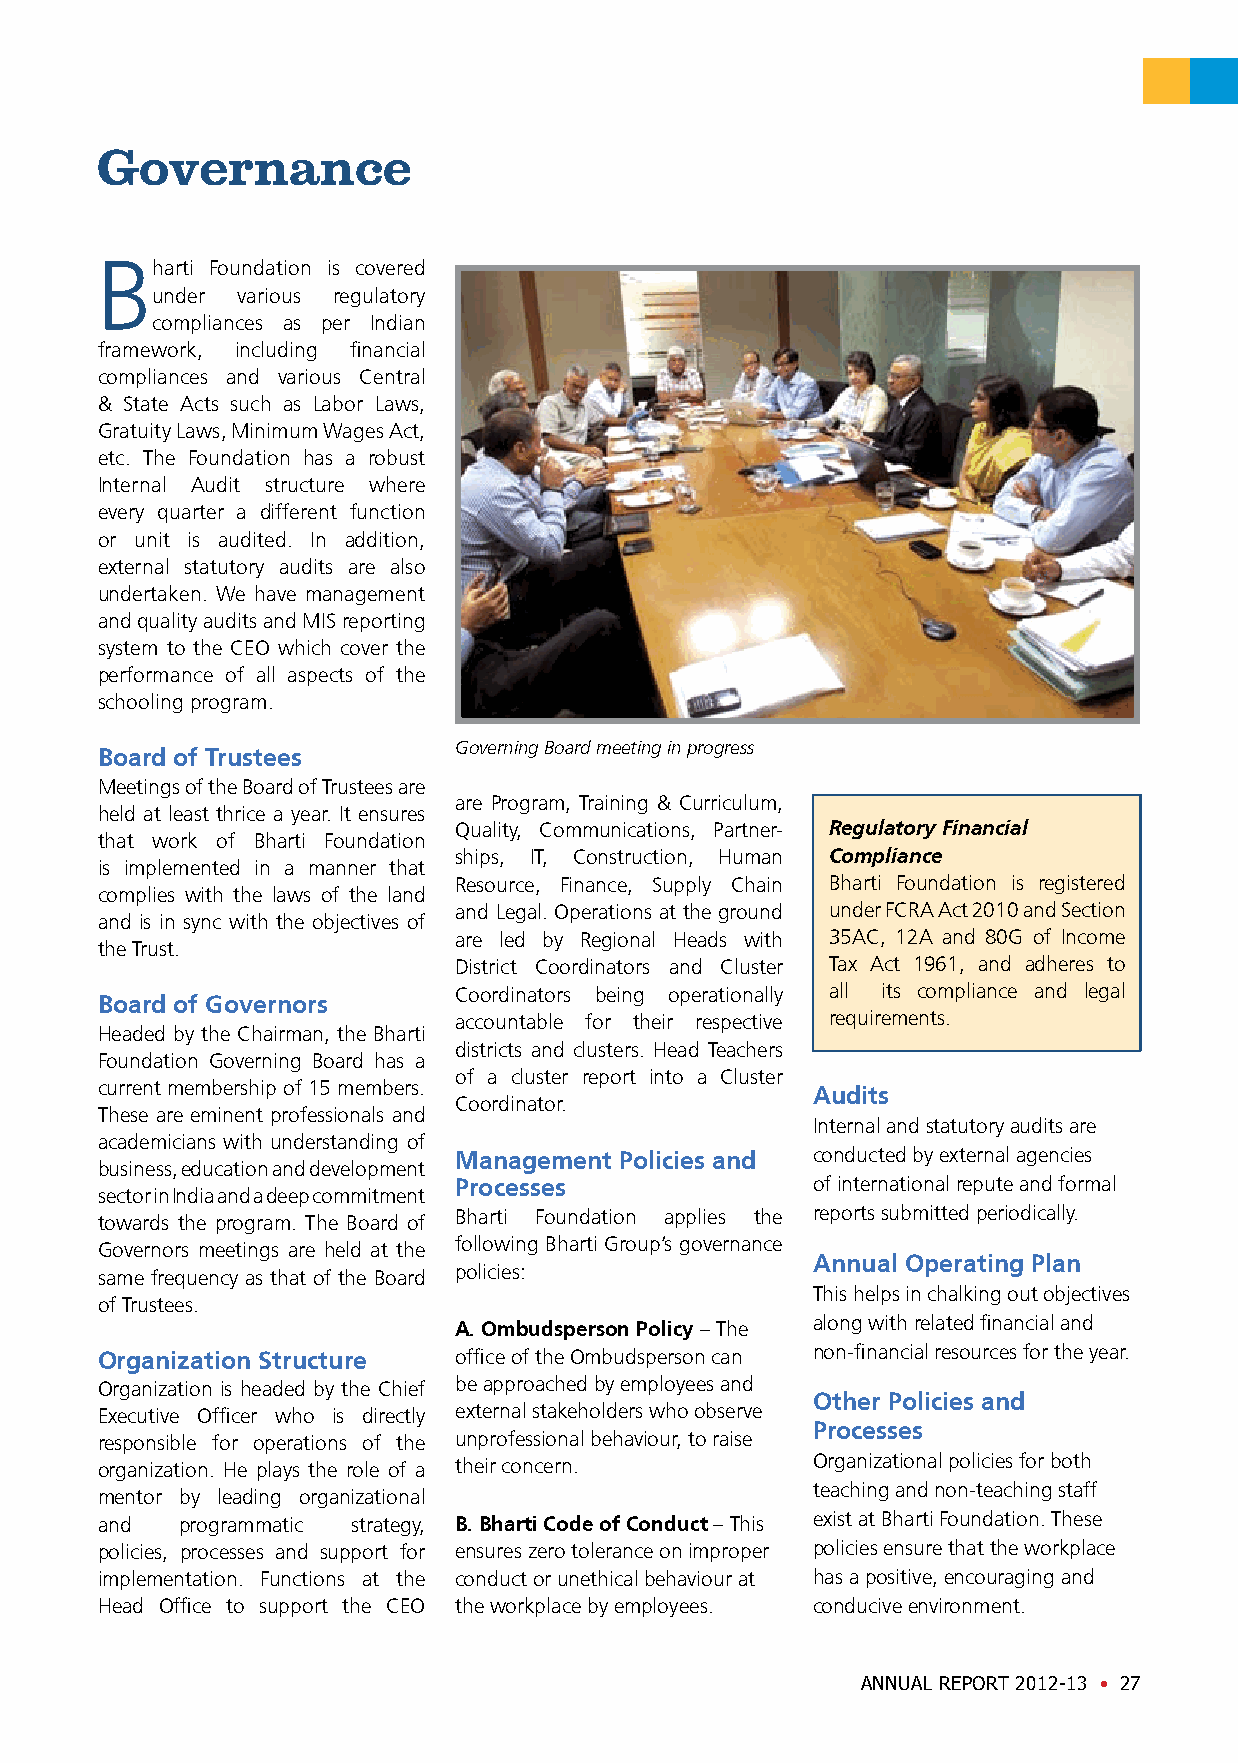
Governance
 B
 harti Foundation is covered
 under various regulatory
 compliances as per Indian
 framework, including financial
 compliances and various Central
 & State Acts such as Labor Laws,
 Gratuity Laws, Minimum Wages Act,
 etc. The Foundation has a robust
 Internal Audit structure where
 every quarter a different function
 or unit is audited. In addition,
 external statutory audits are also
 undertaken. We have management
 and quality audits and MIS reporting
 system to the CEO which cover the
 performance of all aspects of the
 schooling program.
 Governing Board meeting in progress
 Board of Trustees
 Meetings of the Board of Trustees are
 are Program, Training & Curriculum,
 held at least thrice a year. It ensures
 Quality, Communications, Partner- Regulatory Financial
 that work of Bharti Foundation
 ships, IT, Construction, Human Compliance
 is implemented in a manner that
 Resource, Finance, Supply Chain Bharti Foundation is registered
 complies with the laws of the land
 and Legal. Operations at the ground under FCRA Act 2010 and Section
 and is in sync with the objectives of
 are led by Regional Heads with 35AC, 12A and 80G of Income
 the Trust.
 District Coordinators and Cluster Tax Act 1961, and adheres to
 Coordinators being operationally all its compliance and legal
 Board of Governors
 accountable for their respective requirements.
 Headed by the Chairman, the Bharti
 districts and clusters. Head Teachers
 Foundation Governing Board has a
 of a cluster report into a Cluster
 current membership of 15 members.
 Audits
 Coordinator.
 These are eminent professionals and
 Internal and statutory audits are
 academicians with understanding of
 Management Policies and conducted by external agencies
 business, education and development
 Processes               of international repute and formal
 sector in India and a deep commitment
 Bharti Foundation applies the reports submitted periodically.
 towards the program. The Board of
 following Bharti Group’s governance
 Governors meetings are held at the
 Annual Operating Plan
 same frequency as that of the Board policies:
 This helps in chalking out objectives
 of Trustees.
 along with related financial and
 A. Ombudsperson Policy – The
 Organization Structure  office of the Ombudsperson can non-financial resources for the year.
 Organization is headed by the Chief be approached by employees and
 Other Policies and
 Executive Officer who is directly external stakeholders who observe
 Processes
 responsible for operations of the unprofessional behaviour, to raise
 organization. He plays the role of a their concern. Organizational policies for both
 teaching and non-teaching staff
 mentor by leading organizational
 and   programmatic strategy, B. Bharti Code of Conduct – This exist at Bharti Foundation. These
 policies, processes and support for ensures zero tolerance on improper policies ensure that the workplace
 implementation. Functions at the conduct or unethical behaviour at has a positive, encouraging and
 Head Office to support the CEO the workplace by employees. conducive environment.
 ANNUAL REPORT 2012-13 • 27